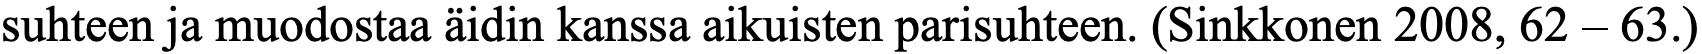
suhteen ja muodostaa äidin kanssa aikuisten parisuhteen. (Sinkkonen 2008, 62 – 63.)